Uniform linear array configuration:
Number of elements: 32
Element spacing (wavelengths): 0.25
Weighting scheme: cosine
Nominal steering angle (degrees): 15
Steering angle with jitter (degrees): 15.128
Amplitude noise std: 0.05
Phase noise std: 0.05

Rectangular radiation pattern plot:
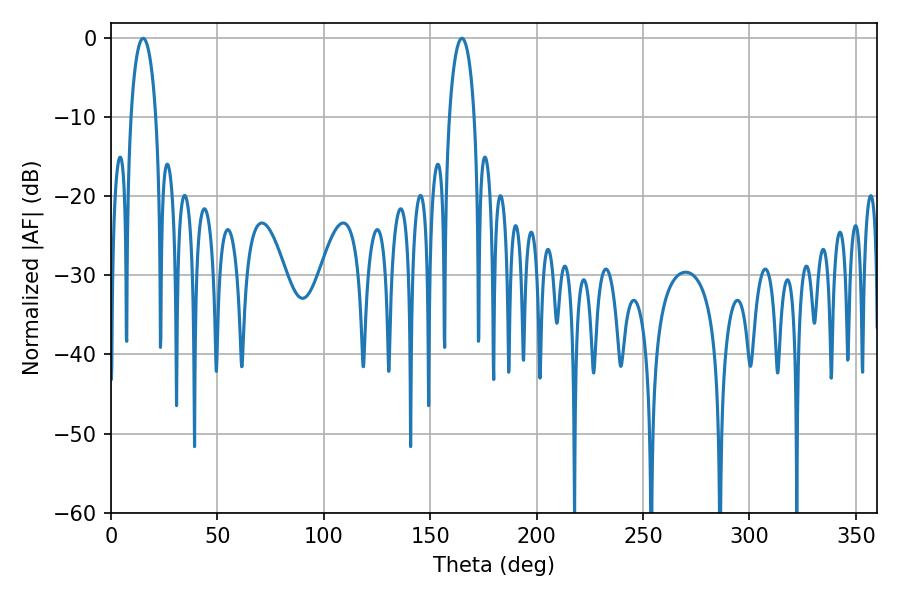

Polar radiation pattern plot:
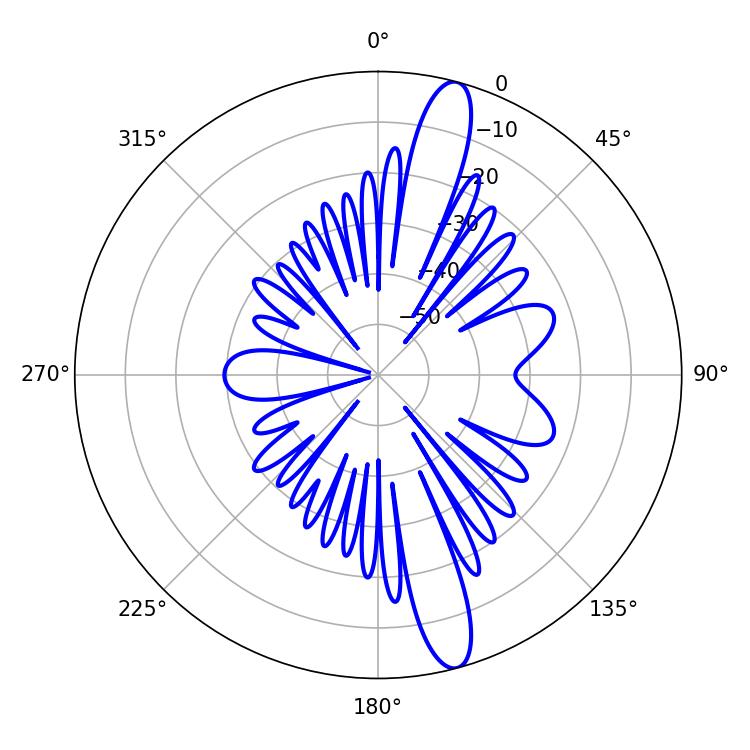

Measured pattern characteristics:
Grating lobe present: FALSE
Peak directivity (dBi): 14.603
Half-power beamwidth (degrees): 6.84
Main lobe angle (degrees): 15.12